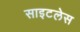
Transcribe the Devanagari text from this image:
साइटलेस